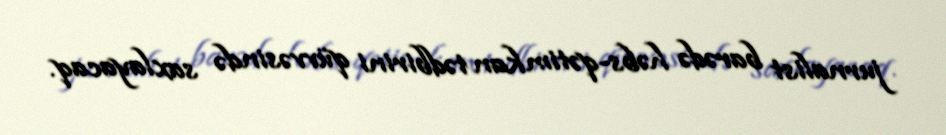
jurnalist barədə həbs-qətimkan tədbirini qüvvəsində saxlayacaq.